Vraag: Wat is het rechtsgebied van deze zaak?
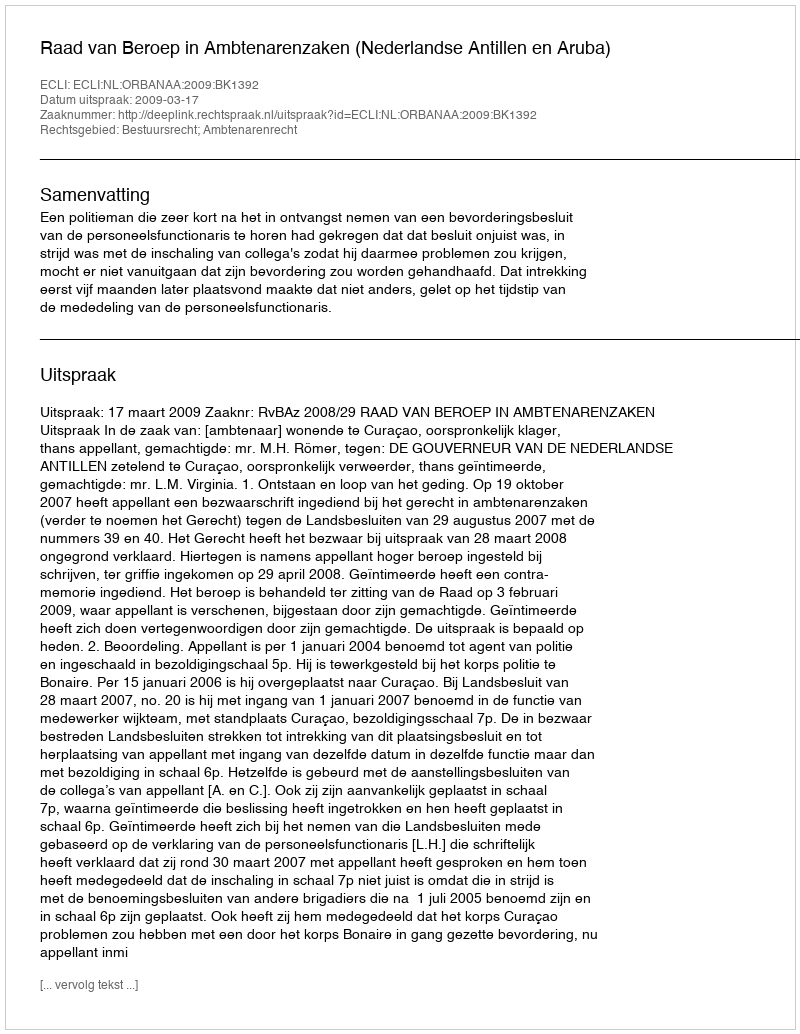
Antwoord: Bestuursrecht; Ambtenarenrecht